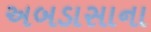
અબડાસાના